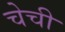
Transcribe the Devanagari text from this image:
चेची